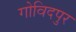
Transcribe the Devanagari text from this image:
गोविदपुर